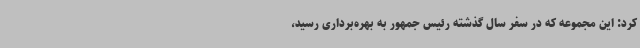
کرد: این مجموعه که در سفر سال گذشته رئیس جمهور به بهره‌برداری رسید،